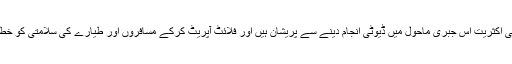
انہوں نے کہا کہ پائلٹوں کی اکثریت اس جبری ماحول میں ڈیوٹی انجام دینے سے پریشان ہیں اور فلائٹ آپریٹ کرکے مسافروں اور طیارے کی سلامتی کو خطرے میں نہیں ڈالنا چاہتے۔